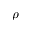
\rho